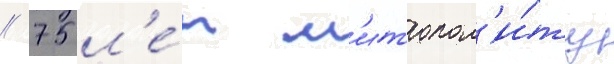
// 75 л'е́т м'итропол'и́ту